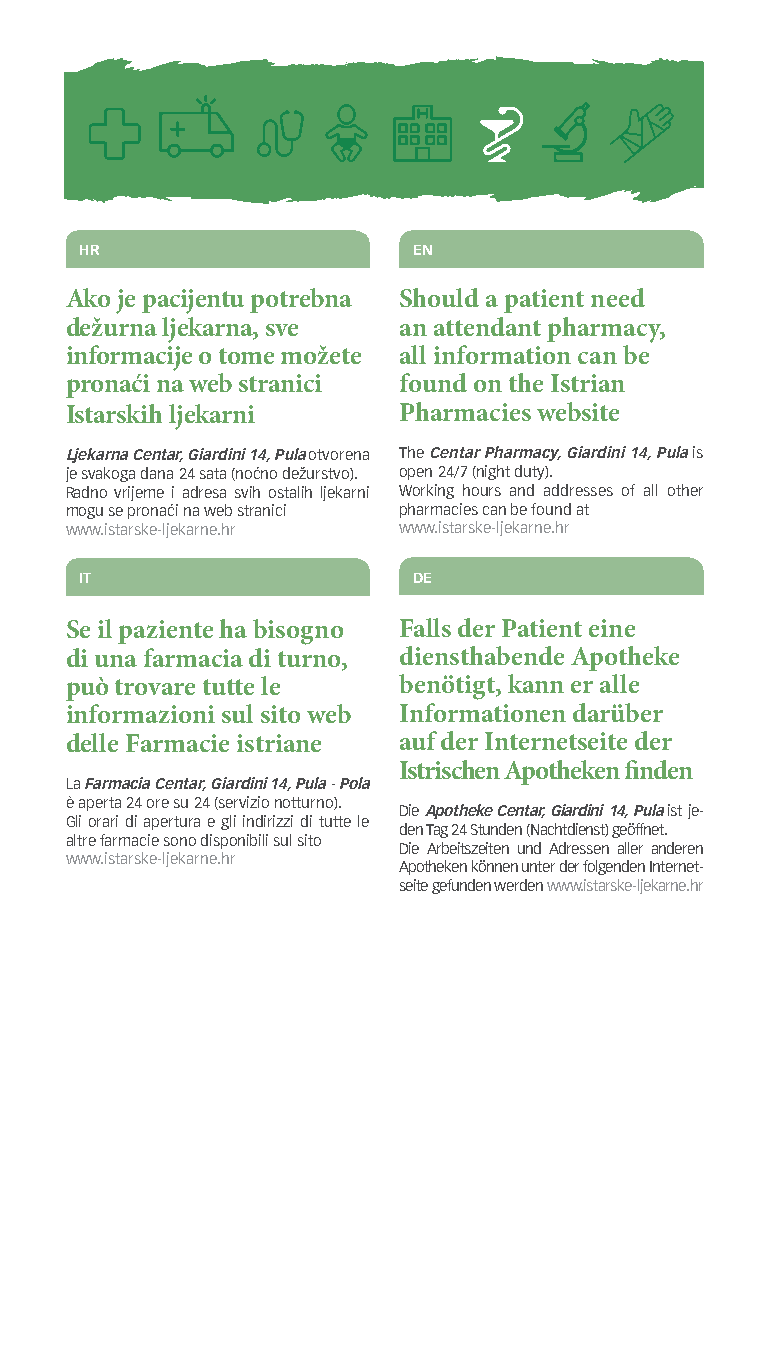
HR                    EN
 Ako je pacijentu potrebna Should a patient need
 dežurna ljekarna, sve an attendant pharmacy,
 informacije o tome možete all information can be
 pronaći na web stranici found on the Istrian
 Istarskih ljekarni    Pharmacies website
 Ljekarna Centar, Giardini 14, Pula otvorena The Centar Pharmacy, Giardini 14, Pula is
 je svakoga dana 24 sata (noćno dežurstvo). open 24/7 (night duty).
 Radno vrijeme i adresa svih ostalih ljekarni Working hours and addresses of all other
 mogu se pronaći na web stranici pharmacies can be found at
 www.istarske-ljekarne.hr www.istarske-ljekarne.hr
 IT                    DE
 Se il paziente ha bisogno Falls der Patient eine
 di una farmacia di turno, diensthabende Apotheke
 può trovare tutte le  benötigt, kann er alle
 informazioni sul sito web Informationen darüber
 delle Farmacie istriane auf der Internetseite der
 Istrischen Apotheken finden
 La Farmacia Centar, Giardini 14, Pula - Pola
 è aperta 24 ore su 24 (servizio notturno).
 Die Apotheke Centar, Giardini 14, Pula ist je-
 Gli orari di apertura e gli indirizzi di tutte le
 den Tag 24 Stunden (Nachtdienst) geöffnet.
 altre farmacie sono disponibili sul sito
 Die Arbeitszeiten und Adressen aller anderen
 www.istarske-ljekarne.hr
 Apotheken können unter der folgenden Internet-
 seite gefunden werden www.istarske-ljekarne.hr